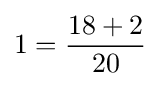
1={\frac {18+2}{20}}